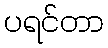
ပရင်တာ